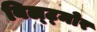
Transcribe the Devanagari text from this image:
बिल्ट्मोर